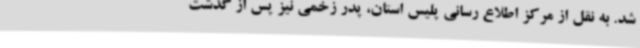
شد. به نقل از مرکز اطلاع رسانی پلیس استان، پدر زخمی نیز پس از گذشت